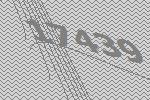
17439